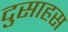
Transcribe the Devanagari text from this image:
दुसाहस